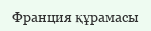
Франция құрамасы